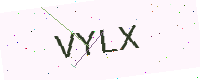
Text: VYLX